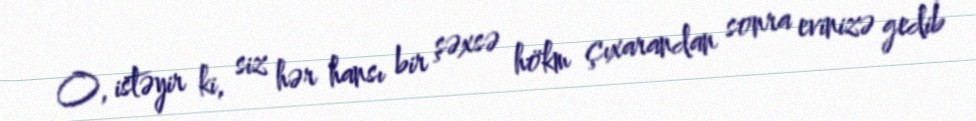
O, istəyir ki, siz hər hansı bir şəxsə hökm çıxarandan sonra evinizə gedib